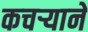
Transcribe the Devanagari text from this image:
कचऱ्याने